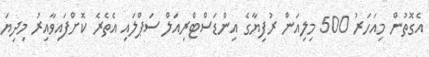
އެގޮތުން މިއަހަރު 500 މިލިއަން ރުފިޔާގެ އިންޑަސްޓްރިއަލް ސަޕްލައި އެތެރެ ކޮށްފައިވާއިރު މިދިޔަ